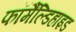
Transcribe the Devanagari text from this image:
फॉर्मैंल्डिहाइड